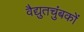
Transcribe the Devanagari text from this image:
वैद्युतचुंबकों